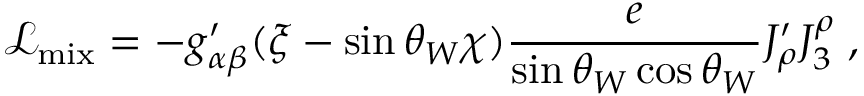
\mathcal { L } _ { \mathrm { m i x } } = - g _ { \alpha \beta } ^ { \prime } ( \xi - \sin \theta _ { W } \chi ) \frac { e } { \sin \theta _ { W } \cos \theta _ { W } } J _ { \rho } ^ { \prime } J _ { 3 } ^ { \rho } \; ,